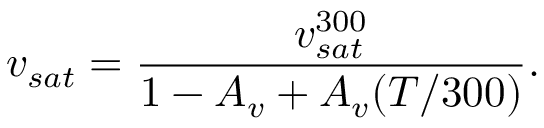
v _ { s a t } = \frac { v _ { s a t } ^ { 3 0 0 } } { 1 - A _ { v } + A _ { v } ( T / 3 0 0 ) } .